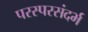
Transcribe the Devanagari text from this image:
परस्परसंदर्भ